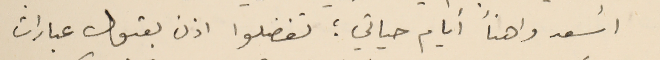
أسعد واهنأ أيام حياتي ؛ تفضلوا اذن بقبول عبارات